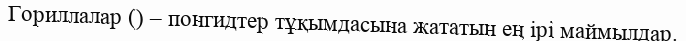
Гориллалар () – понгидтер тұқымдасына жататын ең ірі маймылдар.